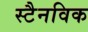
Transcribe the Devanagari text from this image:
स्टैनविक